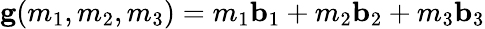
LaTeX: \mathbf{g}(m_{1},m_{2},m_{3})=m_{1}\mathbf{b}_{1}+m_{2}\mathbf{b}_{2}+m_{3}\mathbf{b}_{3}